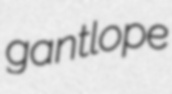
gantlope